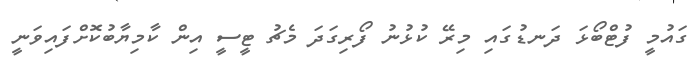
ގަައުމީ ފުޓްބޯޅަ ދަނޑުގައި މިރޭ ކުޅުނު ފޯރިގަދަ މެޗު ޓީސީ އިން ކާމިޔާބުކޮށްފައިވަނީ